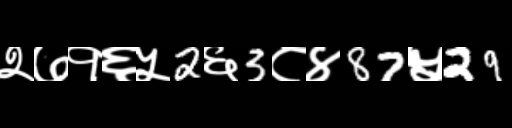
Text: २७१६५2६3८४87५29